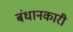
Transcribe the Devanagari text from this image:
बंधानकारी